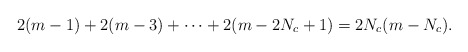
\begin{align*}2 (m - 1) + 2 (m - 3) + \cdots + 2 (m - 2 N_c + 1) = 2 N_c (m - N_c).\end{align*}